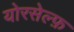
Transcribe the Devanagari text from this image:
योरसेल्फ़